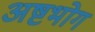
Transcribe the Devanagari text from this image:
अष्टभोग